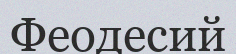
Феодесий